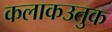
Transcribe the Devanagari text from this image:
कलाकउतुक